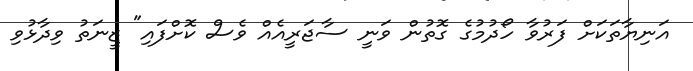
އަނިޔާތަކަށް ފަރުވާ ހޯދުމުގެ ގޮތުން ވަނީ ސާޖަރީއެއް ވެސް ކޮށްފައި" ޒީނަތު ވިދާޅުވި